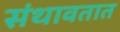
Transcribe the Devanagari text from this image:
संथावतात